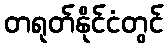
တရုတ်နိုင်ငံတွင်